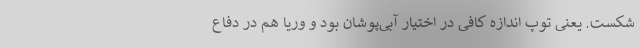
شکست. یعنی توپ اندازه کافی در اختیار آبی‌پوشان بود و وریا هم در دفاع